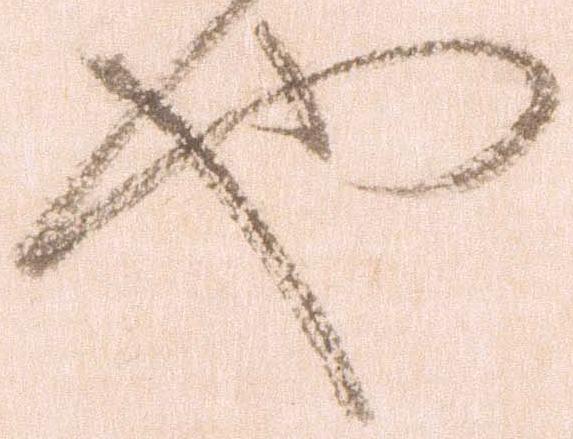
也